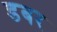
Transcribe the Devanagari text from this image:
डबर